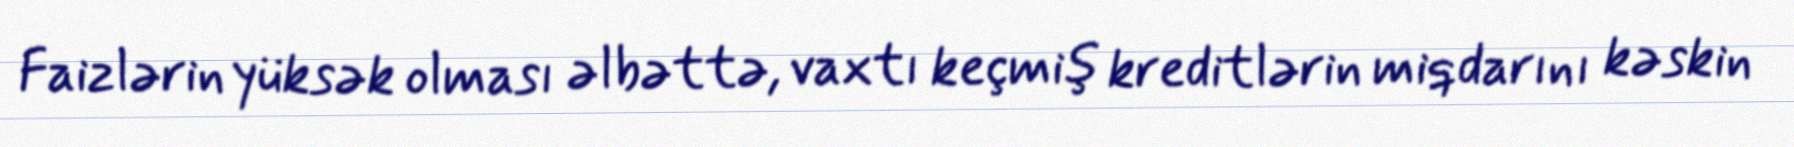
Faizlərin yüksək olması əlbəttə, vaxtı keçmiş kreditlərin miqdarını kəskin